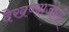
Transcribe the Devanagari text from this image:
देखण्याजोगी